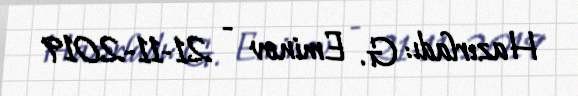
Hazırladı: G. Eminov - 21-11-2019